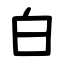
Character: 白